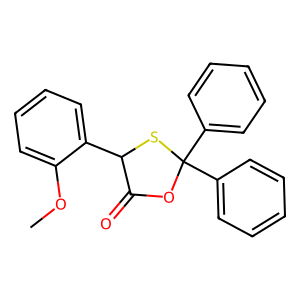
SMILES: COc1ccccc1C1SC(c2ccccc2)(c2ccccc2)OC1=O
Inhibits HIV replication: No